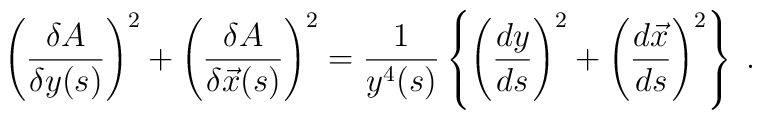
\left( \frac{\delta A}{\delta y(s)}\right) ^{2}+\left( \frac{\delta A}{\delta \vec{x}(s)}\right) ^{2}=\frac{1}{y^{4}(s)}\left\{ \left( \frac{dy}{ds}\right) ^{2}+\left( \frac{d\vec{x}}{ds}\right) ^{2}\right\} \; .